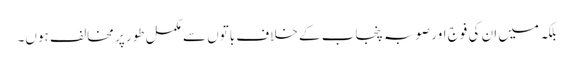
بلکہ میں ان کی فوج اور صوبہ پنجاب کے خلاف باتوں سے مکمل طور پر مخالف ہوں۔